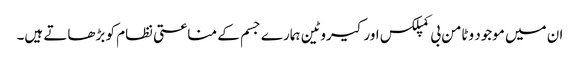
ان میں موجود وٹامن بی کمپلکس اورکیروٹین ہمارے جسم کے مناعتی نظام کو بڑھاتے ہیں۔